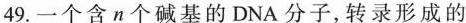
49.一个含n个碱基的DNA分子，转录形成的